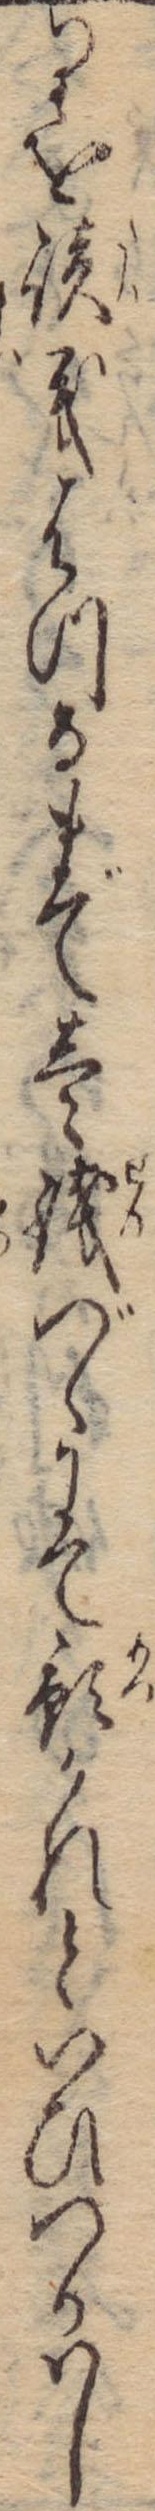
りを談義はつるまで壱銭づゝにて預かれといひつかはし